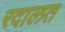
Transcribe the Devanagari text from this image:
रदालत